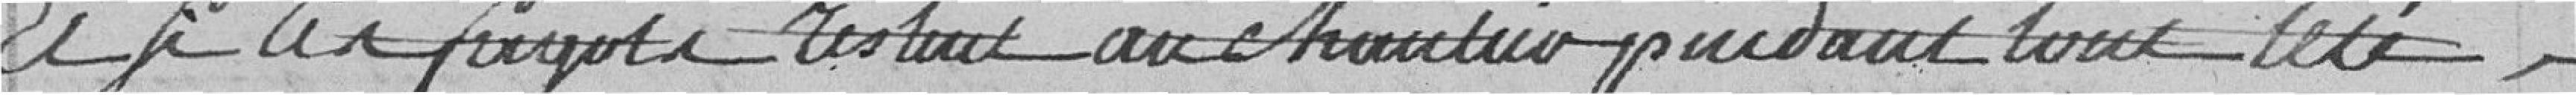
Et si ces fagots restent au chantier pendant tout l'été,